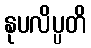
နုပလိပ္ပတိ